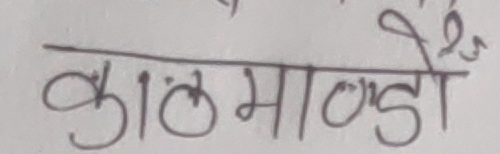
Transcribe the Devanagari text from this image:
काठमाडौँ